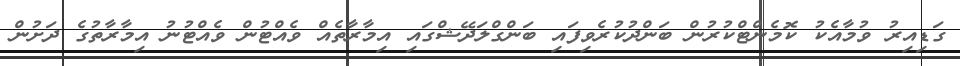
ގަޑިއިރު ވުމާއެކު ކޮމެންޓްކުރުން ބަންދުކުރެވިފައި ބަންގްލަދޭޝްގައި އިމާރާތެއް ވެއްޓުން ވެއްޓުނު އިމާރާތުގެ ދަށުން